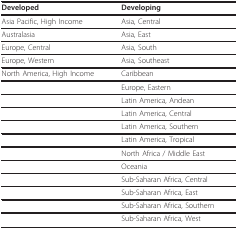
| Developed | Developing |
 | --- | --- |
 | Asia Pacific, High Income | Asia, Central |
 | Australasia | Asia, East |
 | Europe, Central | Asia, South |
 | Europe, Western | Asia, Southeast |
 | North America, High Income | Caribbean |
 |  | Europe, Eastern |
 |  | Latin America, Andean |
 |  | Latin America, Central |
 |  | Latin America, Southern |
 |  | Latin America, Tropical |
 |  | North Africa / Middle East |
 |  | Oceania |
 |  | Sub-Saharan Africa, Central |
 |  | Sub-Saharan Africa, East |
 |  | Sub-Saharan Africa, Southern |
 |  | Sub-Saharan Africa, West |